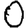
Digit: 0